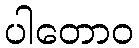
ပါတောဝ